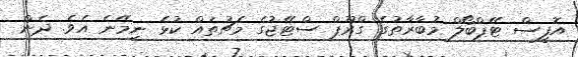
އޮފީސް ޓޭޕްބޯލް މުބާރާތުގެ ގްރޫޕް ސްޓޭޖުގެ މެޗުތައް ކުޅެ ނިމޭނެ އެވެ. ދެން